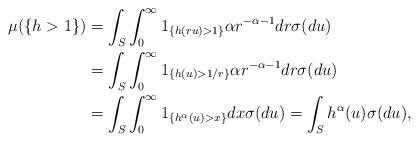
LaTeX: \begin{align*}\mu(\{h>1\}) &= \int_S \int_0^\infty 1_{\{ h(ru)>1\}} \alpha r^{-\alpha-1} dr \sigma(du)\\& = \int_S \int_0^\infty 1_{\{ h(u)> 1/r\}} \alpha r^{-\alpha-1} dr \sigma(du)\\& = \int_S \int_0^\infty 1_{\{ h^\alpha(u) > x \}} dx \sigma(du)=\int_S h^\alpha(u) \sigma(du),\end{align*}